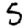
Digit: 5